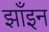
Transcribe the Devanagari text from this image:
झाँइन